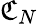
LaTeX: \mathfrak{C}_{N}